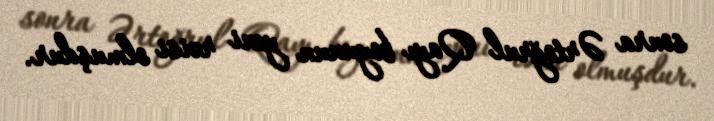
sonra Ərtoğrul Qayı boyunun yeni rəisi olmuşdur.